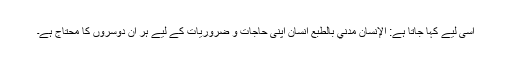
اسی لیے کہا جاتا ہے: الإنسان مدني بالطبع انسان اپنی حاجات و ضروریات کے لیے ہر آن دوسروں کا محتاج ہے۔